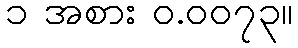
၁ အစား ဝ.၀၀၇၃။